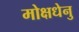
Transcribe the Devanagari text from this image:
मोक्षधेनु